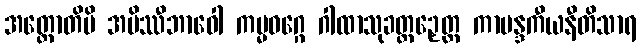
အတ္ထောတိပိ အမိဿီဘာဝေါ ကမ္မဝဂ္ဂေ ဂါထာသုခတ္ထဉှေတ္ထ ကာမန္ဒကီယနီတိသာရ